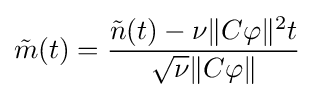
{\tilde {m}}(t)={\frac {{\tilde {n}}(t)-\nu \|C\varphi \|^{2}t}{{\sqrt {\nu }}\|C\varphi \|}}